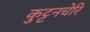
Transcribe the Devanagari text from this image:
कुट्टनचेरि